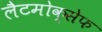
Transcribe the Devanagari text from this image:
लैटमोक्सेफ